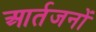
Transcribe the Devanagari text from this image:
आर्तजनों